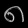
Digit: ၈